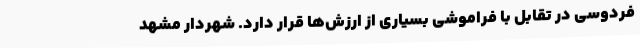
فردوسی در تقابل با فراموشی بسیاری از ارزش‌ها قرار دارد. شهردار مشهد